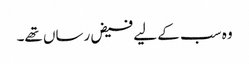
وہ سب کے لیے فیض رساں تھے۔